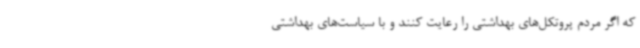
که اگر مردم پروتکل‌های بهداشتی را رعایت کنند و با سیاست‌های بهداشتی